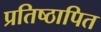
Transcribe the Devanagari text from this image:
प्रतिष्ठापित